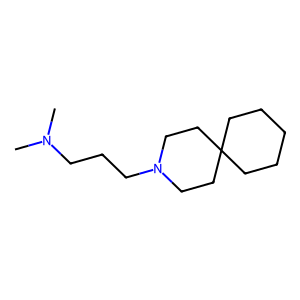
SMILES: CN(C)CCCN1CCC2(CCCCC2)CC1
Inhibits HIV replication: No